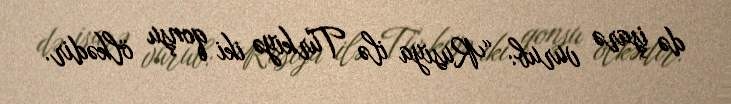
də işarə vurub: “Rusiya ilə Türkiyə iki qonşu ölkədir.